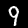
Label: 9